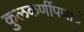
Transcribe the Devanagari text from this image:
कुलकर्णीपणाचें